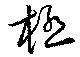
極